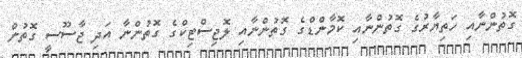
ގޮތުންނާއި ހަތިޔާރުގެ ގޮތުންނާއި ކޮމާންޑްގެ ގޮތުންނާއި ލޮޖިސްޓިކްގެ ގޮތުންނާ އަދި ޖާސޫސީ ގޮތުން